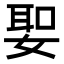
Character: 𡞺